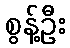
စွန့်ဦး